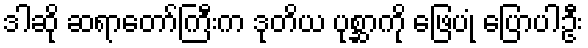
ဒါဆို ဆရာတော်ကြီးက ဒုတိယ ပုစ္ဆာကို ဖြေပုံ ပြောပါဦး